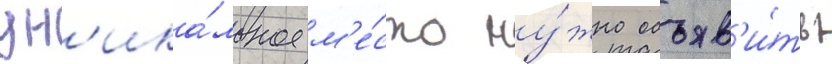
ун'ика́льное м'е́сто ну́жно объяв'и́ть